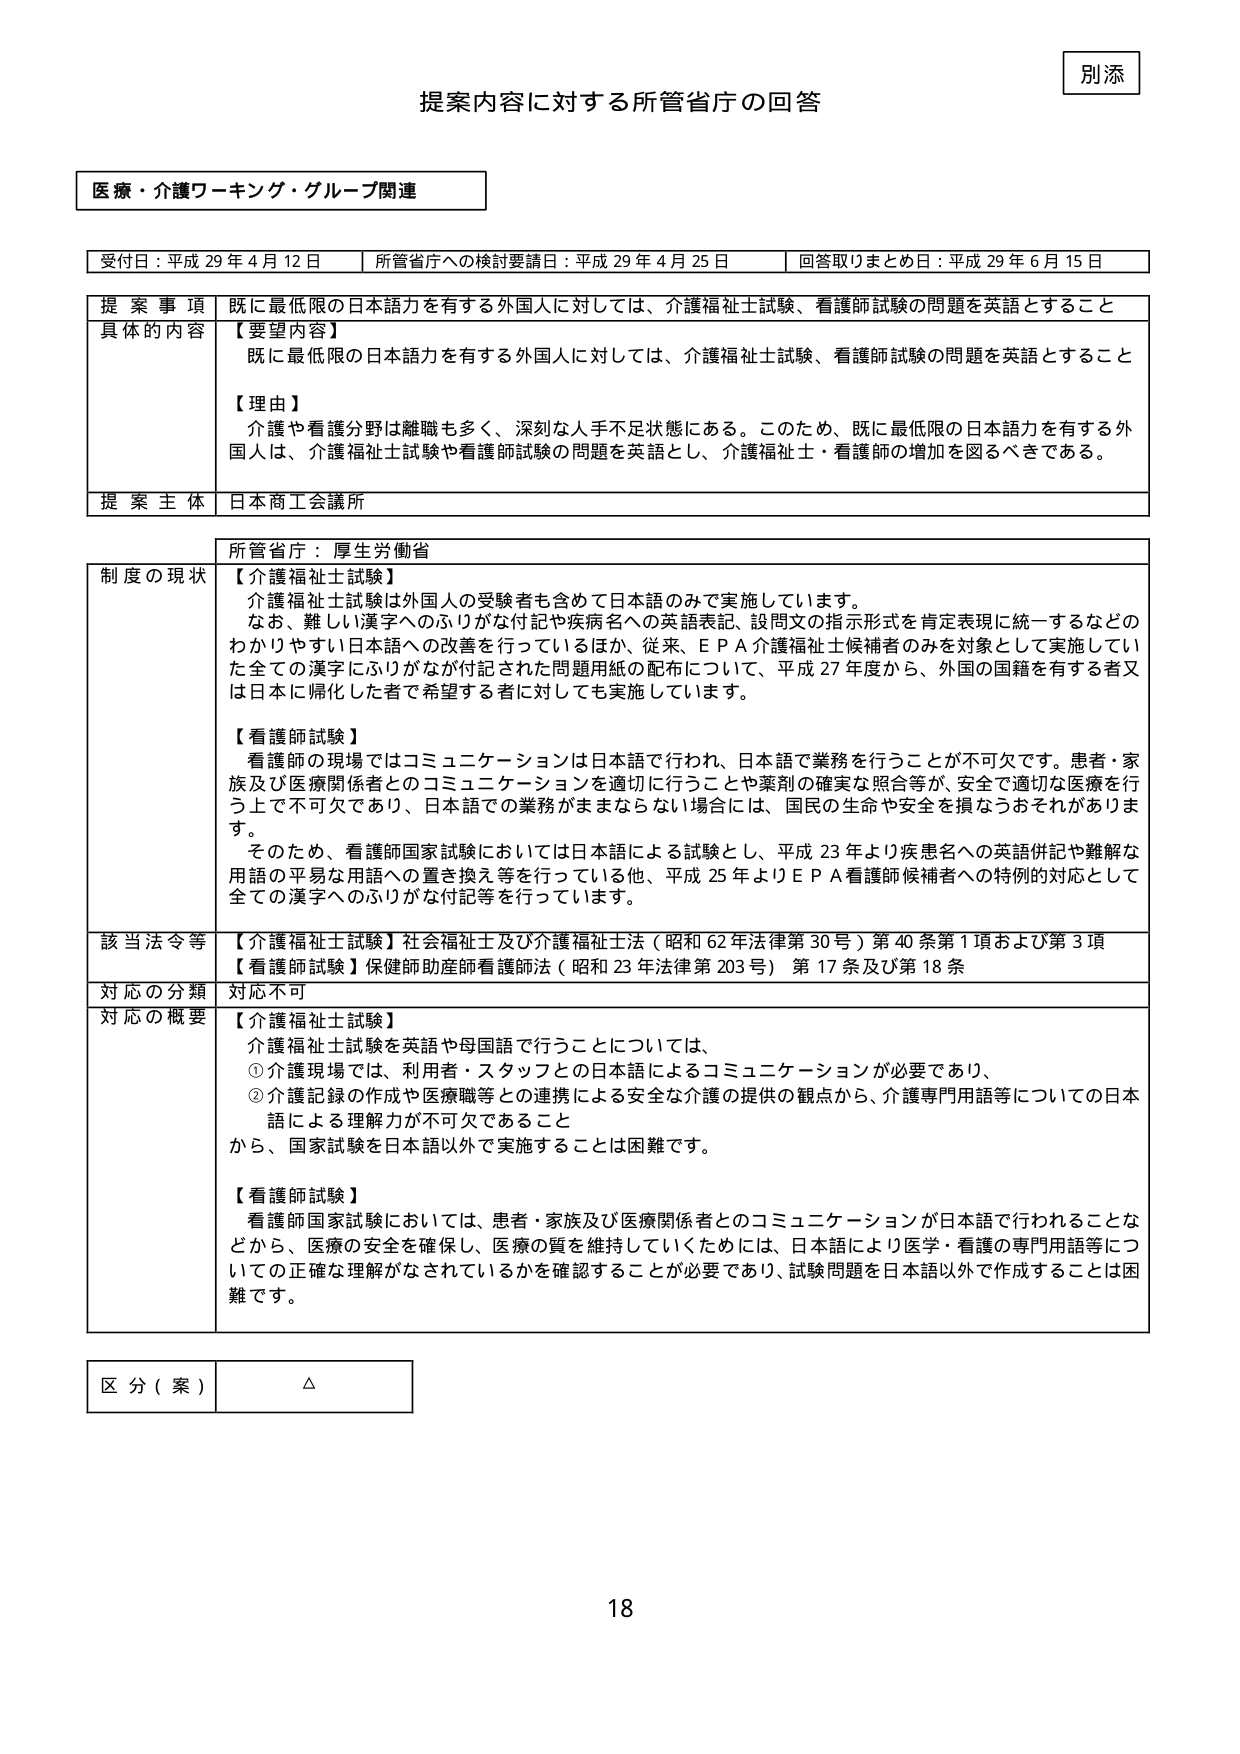
別添

提案内容に対する所管省庁の回答

医療・介護ワーキング・グループ関連

受付日：平成29年4月12日　　所管省庁への検討要請日：平成29年4月25日　　回答取りまとめ日：平成29年6月15日

提案事項　既に最低限の日本語力を有する外国人に対しては、介護福祉士試験、看護師試験の問題を英語とすること

具体的内容　【要望内容】
　　　　　　既に最低限の日本語力を有する外国人に対しては、介護福祉士試験、看護師試験の問題を英語とすること

　　　　　　【理由】
　　　　　　介護や看護分野は離職も多く、深刻な人手不足状態にある。このため、既に最低限の日本語力を有する外国人は、介護福祉士試験や看護師試験の問題を英語とし、介護福祉士・看護師の増加を図るべきである。

提案主体　日本商工会議所

所管省庁：厚生労働省

制度の現状　【介護福祉士試験】
　　　　　　介護福祉士試験は外国人の受験者も含めて日本語のみで実施しています。
　　　　　　なお、難しい漢字へのふりがな付記や疾病名への英語表記、設問文の指示形式を肯定表現に統一するなどのわかりやすい日本語への改善を行っているほか、従来、ＥＰＡ介護福祉士候補者のみを対象として実施していた全ての漢字にふりがなが付記された問題用紙の配布について、平成27年度から、外国の国籍を有する者又は日本に帰化した者が希望する者に対しても実施しています。

　　　　　　【看護師試験】
　　　　　　看護師の現場ではコミュニケーションは日本語で行われ、日本語で業務を行うことが不可欠です。患者・家族及び医療関係者とのコミュニケーションを適切に行うことや薬剤の確実な照合等が、安全で適切な医療を行う上で不可欠であり、日本語での業務がままならない場合には、国民の生命や安全を損なうおそれがあります。
　　　　　　そのため、看護師国家試験においては日本語による試験とし、平成23年より疾患名への英語併記や難解な用語の平易な用語への置き換え等を行っている他、平成25年よりＥＰＡ看護師候補者への特例的対応として全ての漢字へのふりがな付記等を行っています。

該当法令等　【介護福祉士試験】社会福祉士及び介護福祉士法（昭和62年法律第30号）第40条第1項および第3項
　　　　　　【看護師試験】保健師助産師看護師法（昭和23年法律第203号）第17条及び第18条

対応の分類　対応不可

対応の概要　【介護福祉士試験】
　　　　　　介護福祉士試験を英語や母国語で行うことについては、
　　　　　　①介護現場では、利用者・スタッフとの日本語によるコミュニケーションが必要であり、
　　　　　　②介護記録の作成や医療職等との連携による安全な介護の提供の観点から、介護専門用語等についての日本語による理解力が不可欠であること
　　　　　　から、国家試験を日本語以外で実施することは困難です。

　　　　　　【看護師試験】
　　　　　　看護師国家試験においては、患者・家族及び医療関係者とのコミュニケーションが日本語で行われることなどから、医療の安全を確保し、医療の質を維持していくためには、日本語により医学・看護の専門用語等についての正確な理解がなされているかを確認することが必要であり、試験問題を日本語以外で作成することは困難です。

区分（案）　△

18